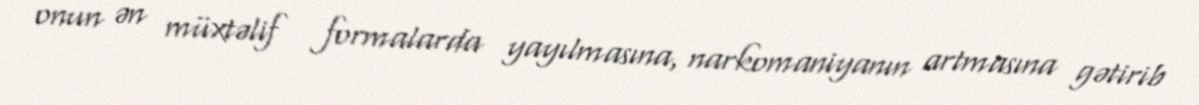
onun ən müxtəlif formalarda yayılmasına, narkomaniyanın artmasına gətirib